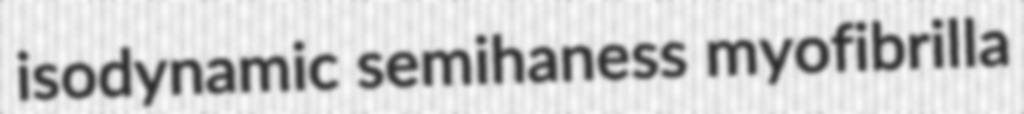
isodynamic semihaness myofibrilla